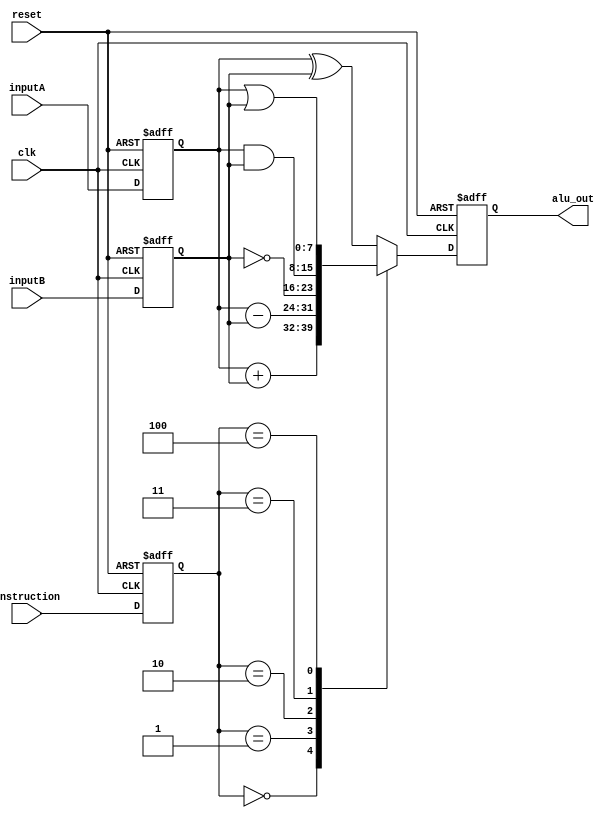
module ALU(
    alu_out,
    instruction,
    inputA,
    inputB,
    clk,
    reset
);

//==== i/o definition ====
output [7:0] alu_out;
input  [7:0] inputA,inputB;
input  [3:0] instruction;
input        clk,reset;

//==== reg/wire definition ====
reg [7:0] alu_out,X,reg_A,reg_B;
wire [7:0] inputB_inv;
reg [3:0] reg_ins;


//==== sequential circuit ====
always@( posedge clk or negedge reset ) begin
    if(~reset) begin
        alu_out <= 0;
        reg_A <= 0;
        reg_B <= 0;
        reg_ins <= 0;
    end
    else begin
        alu_out <= X;
        reg_A <= inputA;
        reg_B <= inputB;
        reg_ins <= instruction;
    end
end


assign inputB_inv = ~reg_B;
always@( reg_A or reg_B or reg_ins or inputB_inv ) begin 
    case(reg_ins)
        4'b0000: X = reg_A+reg_B;    
        4'b0001: X = reg_A-reg_B;                 
        4'b0010: X = inputB_inv;            
        4'b0011: X = reg_A&reg_B;
        4'b0100: X = reg_A|reg_B;     
        default: X = reg_A^reg_B;            
  endcase
end

endmodule